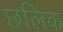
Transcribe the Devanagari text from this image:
छलिक